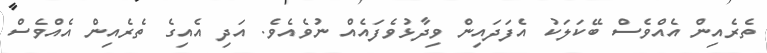
ތެރެއިން އެއްވެސް ބޭކަލަކު އެފަދައިން ވިދާޅުވެފައެއް ނުވެއެވެ. އަދި އެއިގެ ތެރެއިން އެއްވެސް